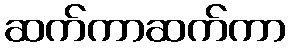
ဆက်ကာဆက်ကာ